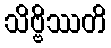
သိဗ္ဗိဿတိ